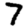
Digit: 7